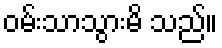
ဝမ်းသာသွားမိ သည်။